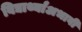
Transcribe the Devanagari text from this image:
विद्यार्थ्यांअभावी